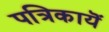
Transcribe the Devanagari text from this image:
पत्रिकायॆं